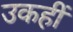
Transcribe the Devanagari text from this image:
उकहीं